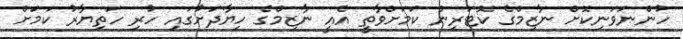
ހުންނަވަނިކޮށް ނާޒިމްގެ ކޮޓަރިން ކަމަށްވާތީ އެއީ ނާޒިމްގެ ހިޔާދަށުގައި ހުރި ހަތިޔާރު ކަމަށް